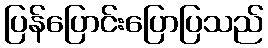
ပြန်ပြောင်းပြောပြသည်